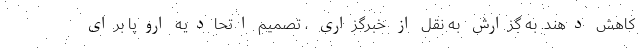
کاهش دهند. به گزارش به نقل از خبرگزاری ، تصمیم اتحادیه اروپا برای